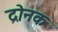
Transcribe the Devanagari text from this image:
द्रोनक